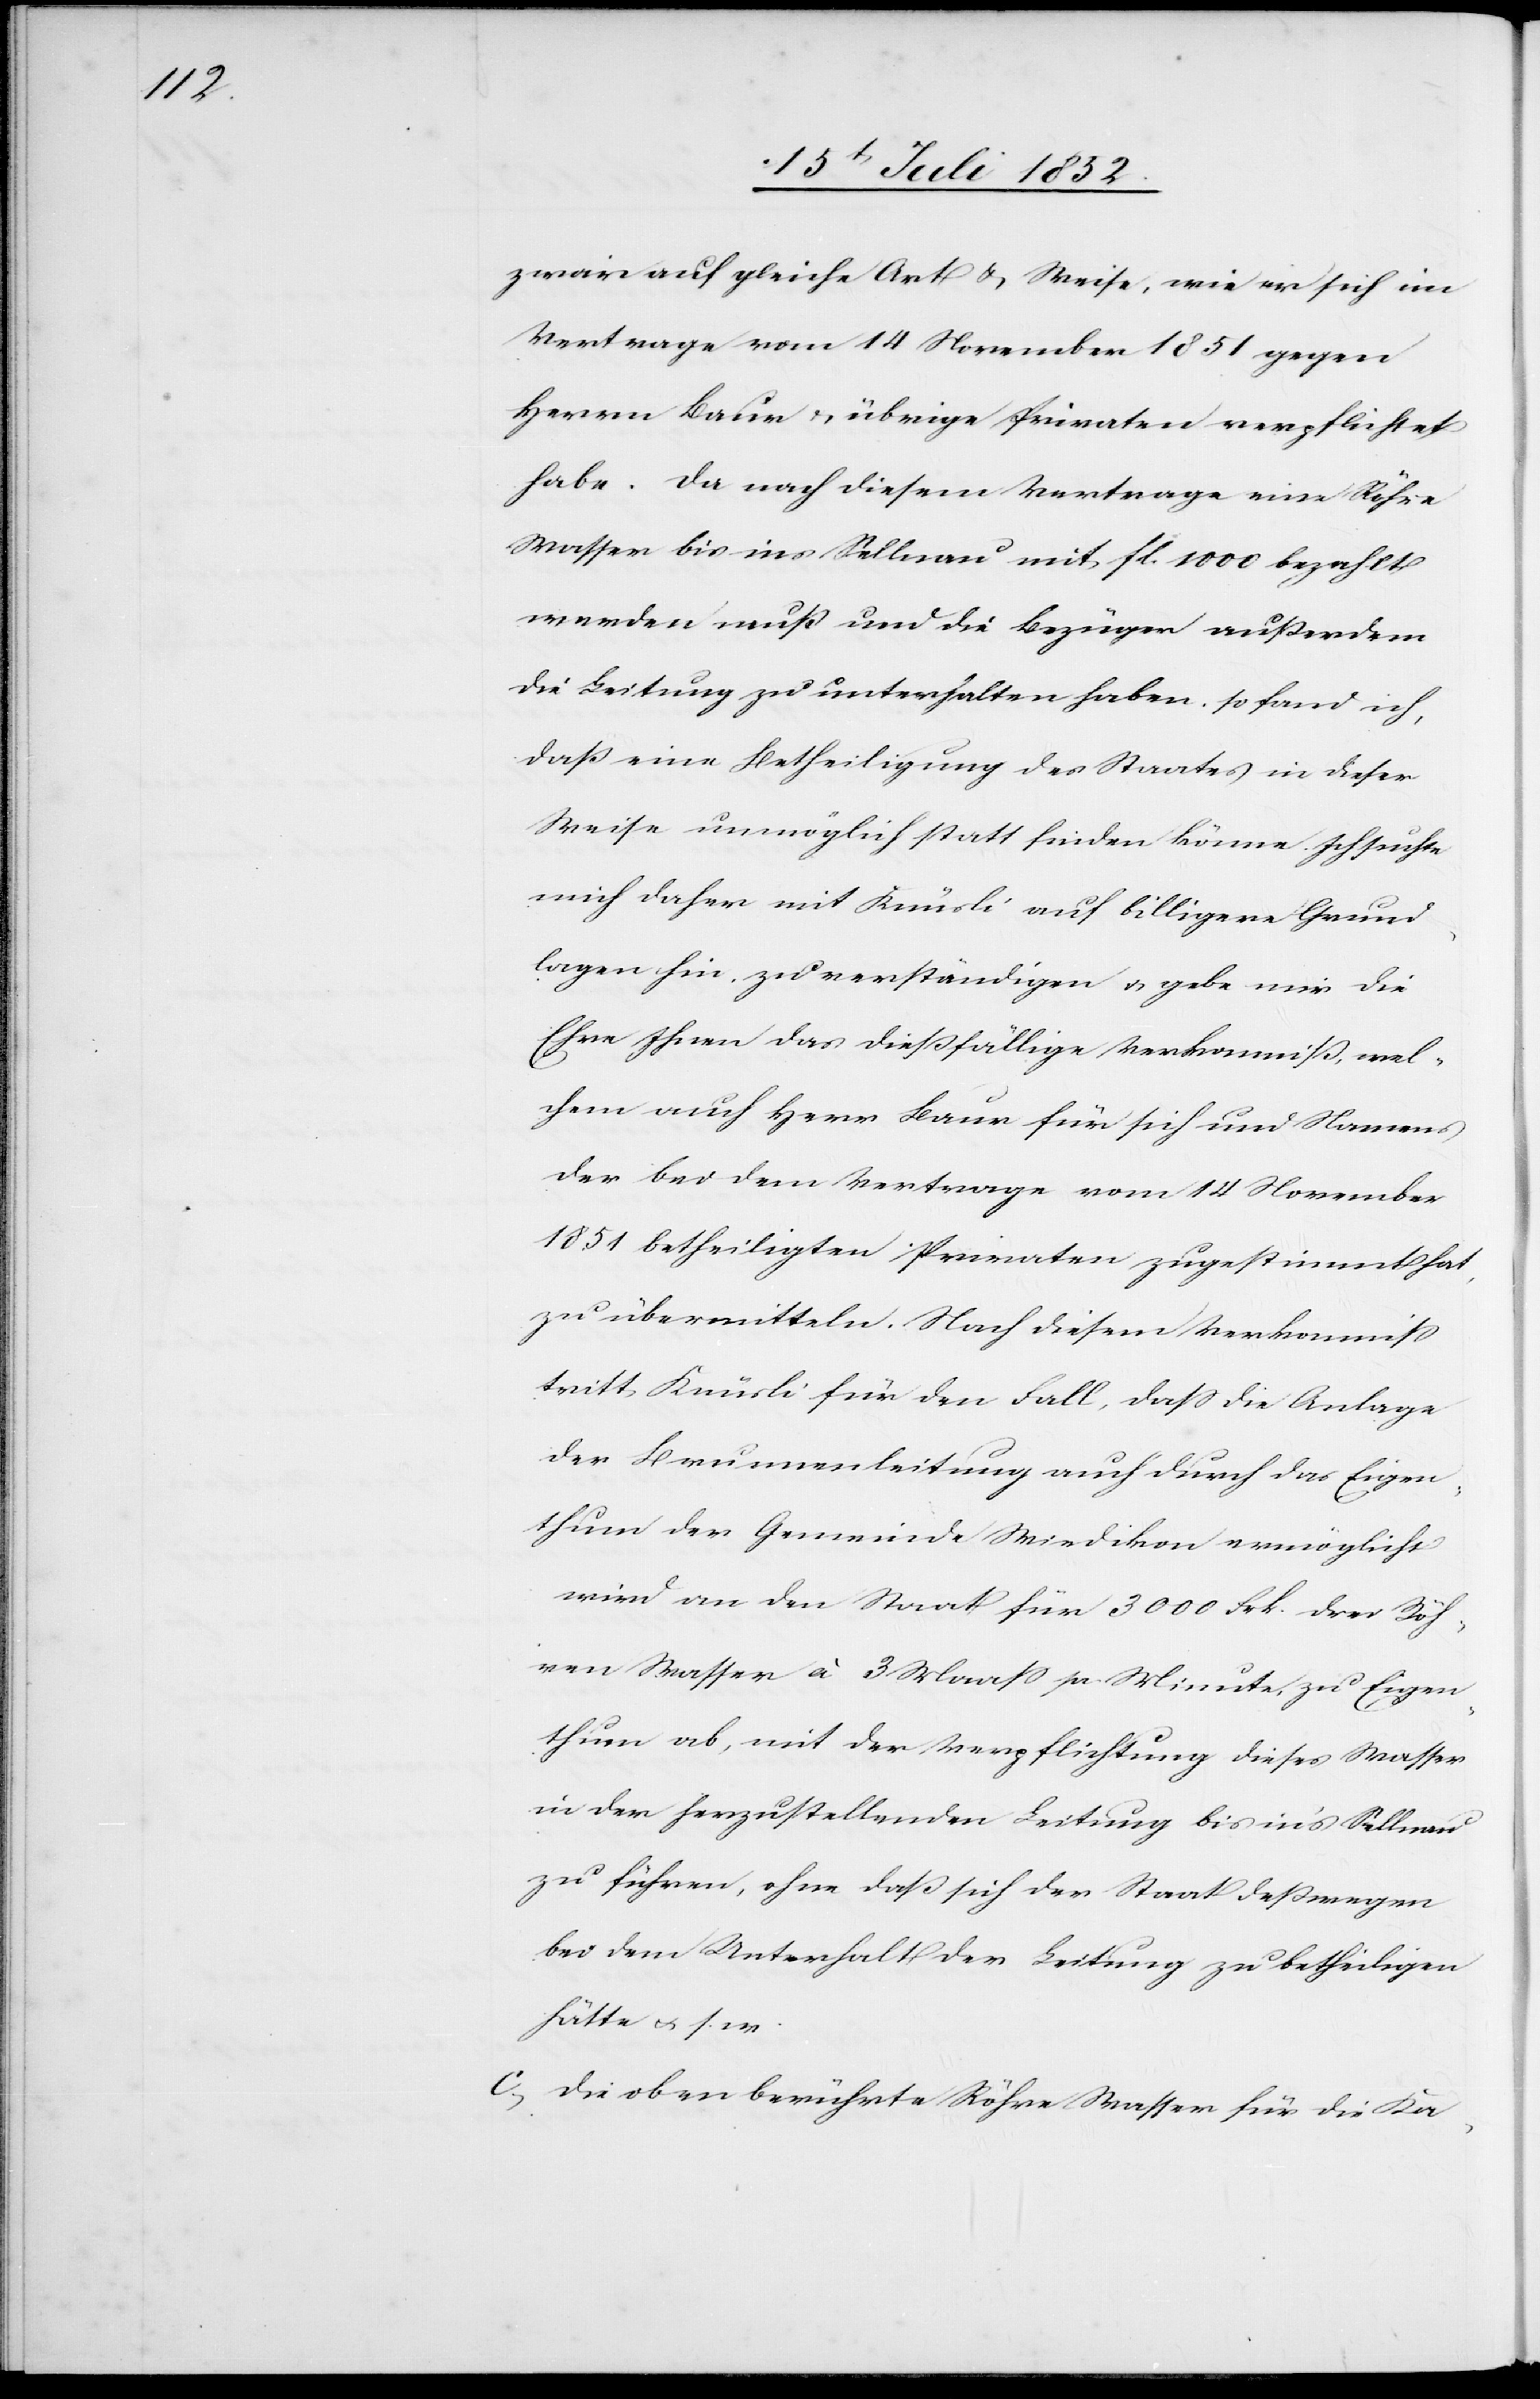
zwar auf gleiche Art & Weise, wie er sich im
Vertrage vom 14 November 1851 gegen
Herrn Baur & übrige Privaten verpflichtet
habe. Da nach diesem Vertrage eine Röhre
Wasser bis ins Sellnau mit fl. 1000 bezahlt
werden muß und die Bezüger außerdem
die Leitung zu unterhalten haben, so fand ich,
daß eine Betheiligung des Staates in dieser
Weise unmöglich statt finden könne. Ich suchte
mich daher mit Knüsli auf billigere Grund¬
lagen hin, zu verständigen & gebe mir die
Ehre Ihnen das dießfällige Verkommniß, wel¬
chem auch Herr Baur für sich und Namens
der bei dem Vertrage vom 14 November
1851 betheiligten Privaten zugestimmt hat,
zu übermitteln. Nach diesem Verkommniß
tritt Knüsli für den Fall, dass die Anlage
der Brunnenleitung auch durch das Eigen¬
thum der Gemeinde Wiedikon ermöglicht
wird an den Staat für 3000 Frk. drei Röh¬
ren Wasser à 3 Maass pr Minute, zu Eigen¬
thum ab, mit der Verpflichtung dieses Wasser
in der herzustellenden Leitung bis in’s Sellnau
zu führen, ohne daß sich der Staat deßwegen
bei dem Unterhalt der Leitung zu betheiligen
hätte & s. w.
Die oben berührte Röhre Wasser für die Ka-